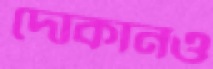
দোকানও